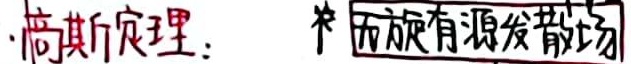
高斯定理：# 面旋有源发散场